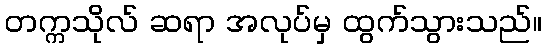
တက္ကသိုလ် ဆရာ အလုပ်မှ ထွက်သွားသည်။